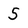
Character: 5